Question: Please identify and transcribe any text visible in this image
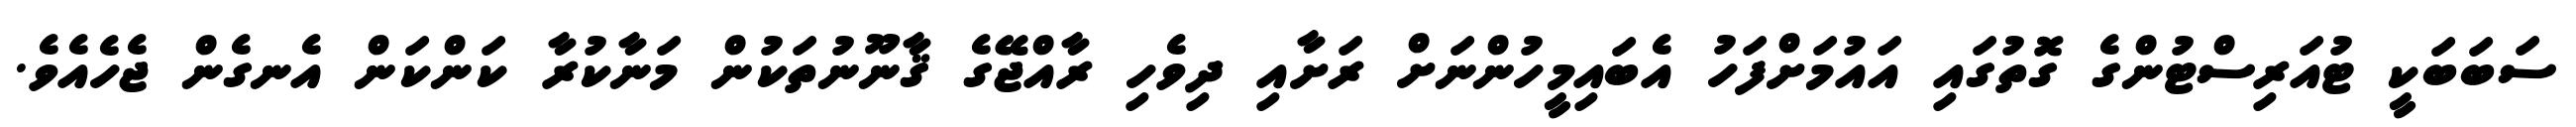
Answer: ސަބަބަކީ ޓުއަރިސްޓުންގެ ގޮތުގައި އައުމަށްފަހު އެބައިމީހުންނަށް ރަށާއި ދިވެހި ރާއްޖޭގެ ޤާނޫނުތަކުން މަނާކުރާ ކަންކަން އެނގެން ޖެހެއެވެ.